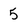
Character: 5